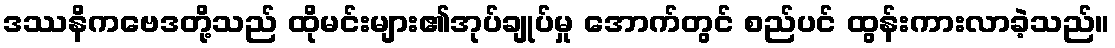
ဒဿနိကဗေဒတို့သည် ထိုမင်းများ၏အုပ်ချုပ်မှု အောက်တွင် စည်ပင် ထွန်းကားလာခဲ့သည်။